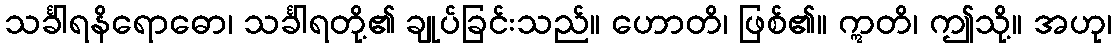
သင်္ခါရနိရောဓော၊ သင်္ခါရတို့၏ ချုပ်ခြင်းသည်။ ဟောတိ၊ ဖြစ်၏။ ဣတိ၊ ဤသို့။ အဟု၊